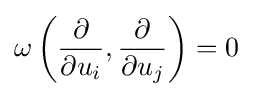
\omega \left({\frac {\partial }{\partial u_{i}}},{\frac {\partial }{\partial u_{j}}}\right)=0